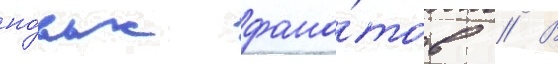
но́вых фана́тов // В